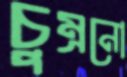
চুম্‌রনো